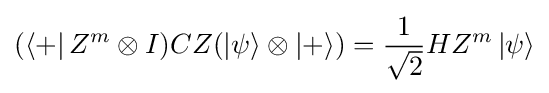
(\left\langle +\right|Z^{m}\otimes I)CZ(\left|\psi \right\rangle \otimes \left|+\right\rangle )={\frac {1}{\sqrt {2}}}HZ^{m}\left|\psi \right\rangle